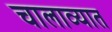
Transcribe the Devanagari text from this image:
चालाव्यात